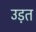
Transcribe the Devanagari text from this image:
उड़त